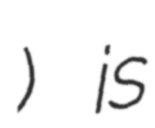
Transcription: علی‌آباد) is